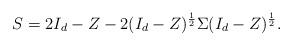
LaTeX: \begin{align*}S=2I_d-Z-2(I_d-Z)^{\frac12}\Sigma (I_d-Z)^\frac12.\end{align*}